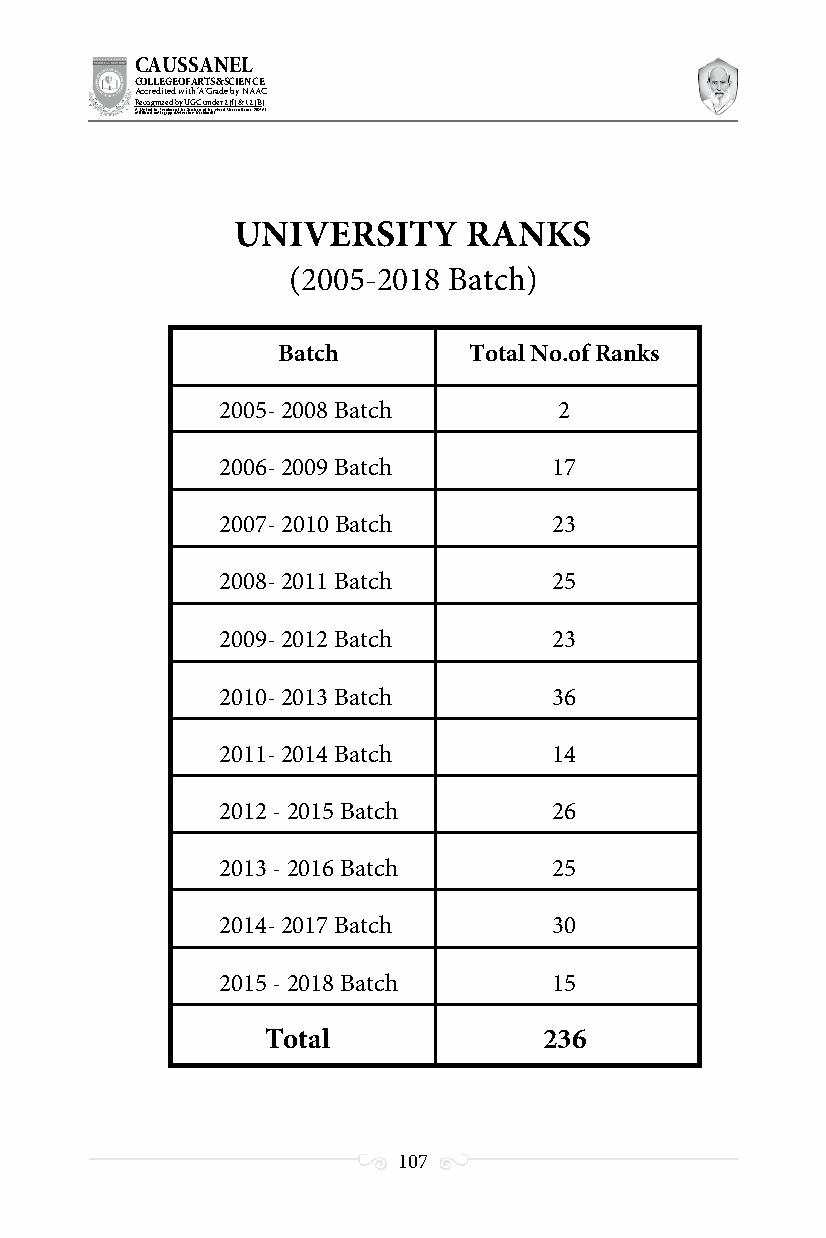
CAUSSANEL
 COLLEGE OF ARTS & SCIENCE
 Accredited with ‘A’ Grade by NAAC
 Recognized by UGC under 2 (f) & 12 (B)
 ((AA fUfilniaitt eodf ttoh eA Ilnasgtaitpuptae oUfn tihvee rBsritoyt,h Kerasr aoifk tuhdei )S acred Heart of Jesus, INDIA)
 UNIVERSITY      RANKS
 (2005-2018 Batch)
 Batch        Total No.of Ranks
 2005- 2008 Batch       2
 2006- 2009 Batch       17
 2007- 2010 Batch       23
 2008- 2011 Batch       25
 2009- 2012 Batch       23
 2010- 2013 Batch       36
 2011- 2014 Batch       14
 2012 - 2015 Batch      26
 2013 - 2016 Batch      25
 2014- 2017 Batch       30
 2015 - 2018 Batch      15
 Total             236
 107